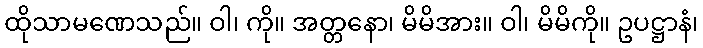
ထိုသာမဏေသည်။ ဝါ၊ ကို။ အတ္တနော၊ မိမိအား။ ဝါ၊ မိမိကို။ ဥပဋ္ဌာနံ၊